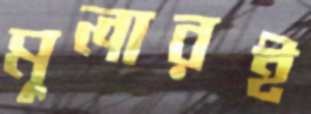
মুলারই